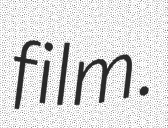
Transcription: film.